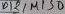
Text: D11/MISO